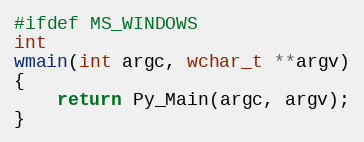
Language: C
#ifdef MS_WINDOWS
int
wmain(int argc, wchar_t **argv)
{
    return Py_Main(argc, argv);
}